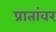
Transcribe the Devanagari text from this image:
प्रातांवर